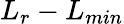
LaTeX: L_{r}-L_{min}